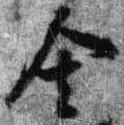
舎